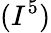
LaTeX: (I^{5})